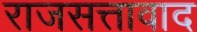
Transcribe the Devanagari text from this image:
राजसत्तावाद